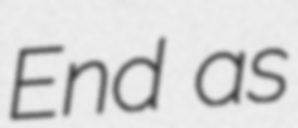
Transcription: End as